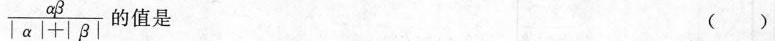
$$\frac { α β } { | α | + | β | }$$ 的值是 ( )